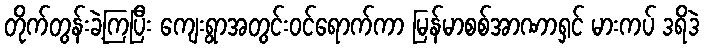
တိုက်တွန်းခဲ့ကြပြီး ကျေးရွာအတွင်းဝင်ရောက်ကာ မြန်မာစစ်အာဏာရှင် မားကပ် ဒရိဒဲ